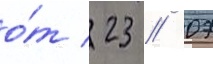
о́т 23 // 07